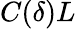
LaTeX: C(\delta)L